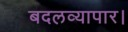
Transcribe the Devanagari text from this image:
बदलव्यापार।